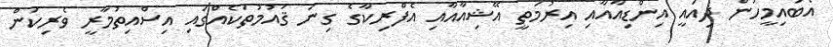
އެބައިމީހުން ދިއައީ އިންޑިއާއާއި އިރުމަތީ އޭޝިއާއާއި އެފްރިކާގެ ގިނަ ޤައުމުތަކެއްގައި އިސްއިތުމާރީ ވެރިކަން